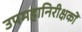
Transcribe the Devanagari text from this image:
उपमहानिरीक्षकों